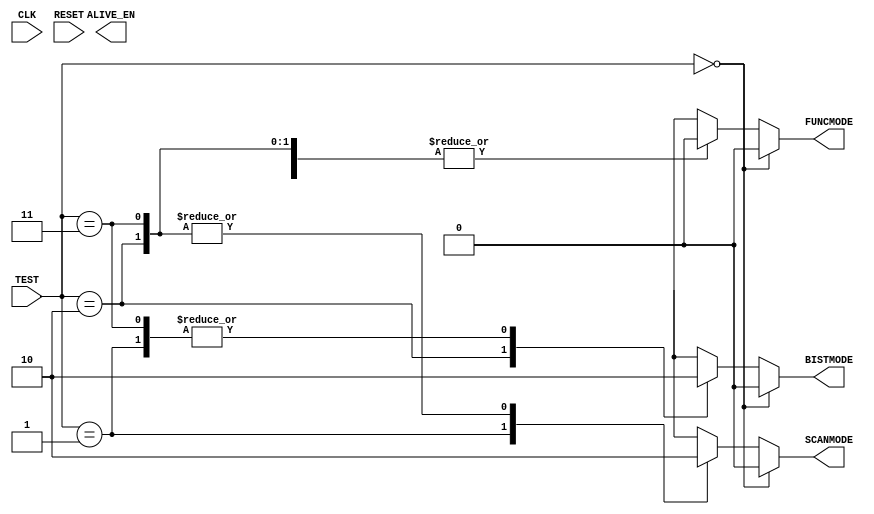
module modedec(
    //Clock & Resest
    CLK,
    RESET,
    
    //TEST MODE
    TEST,
    
    //MODE OUTPUT
    FUNCMODE,
    BISTMODE,
    SCANMODE,
    ALIVE_EN
);

input CLK;
input RESET;
input [1:0] TEST;

output FUNCMODE;
output BISTMODE;
output SCANMODE;
output ALIVE_EN;

reg wFUNCMODE;
reg wMODE_BIST;
reg wMODE_SCAN;
reg wALVIE_EN;

always @(*) begin
    wFUNCMODE = 0;
    wMODE_BIST = 0;
    wMODE_SCAN = 0;
    wALIVE_EN = 0;
    
    if (TEST[1:0] == 0) begin
        wFUNCTION = 1;
    end
    else begin
            case ({TEST[1:0]})
                2'b00 : wFUNCMODE = 1;
                2'b01 : wMODE_SCAN = 1;
                2'b10 : wMODE_BIST = 1;
                2'b11 : wALIVE_EN = 1;
                default : wFUNCMODE = 1;
            endcase
        end
    end
    
        assign FUNCMODE = wFUNCMODE;
        assign BISTMODE = wMODE_BIST;
        assign SCANMODE = wMODE_SCAN;
        assign ALIVE_EN = wALVIE_EN;
        
    endmodule